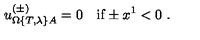
u _ { \Omega \{ T , \lambda \} A } ^ { ( \pm ) } = 0 \quad \mathrm { i f } \pm x ^ { 1 } < 0 \ .